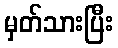
မှတ်သားပြီး